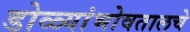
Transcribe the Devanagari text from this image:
डोळ्यांभोवतालचे